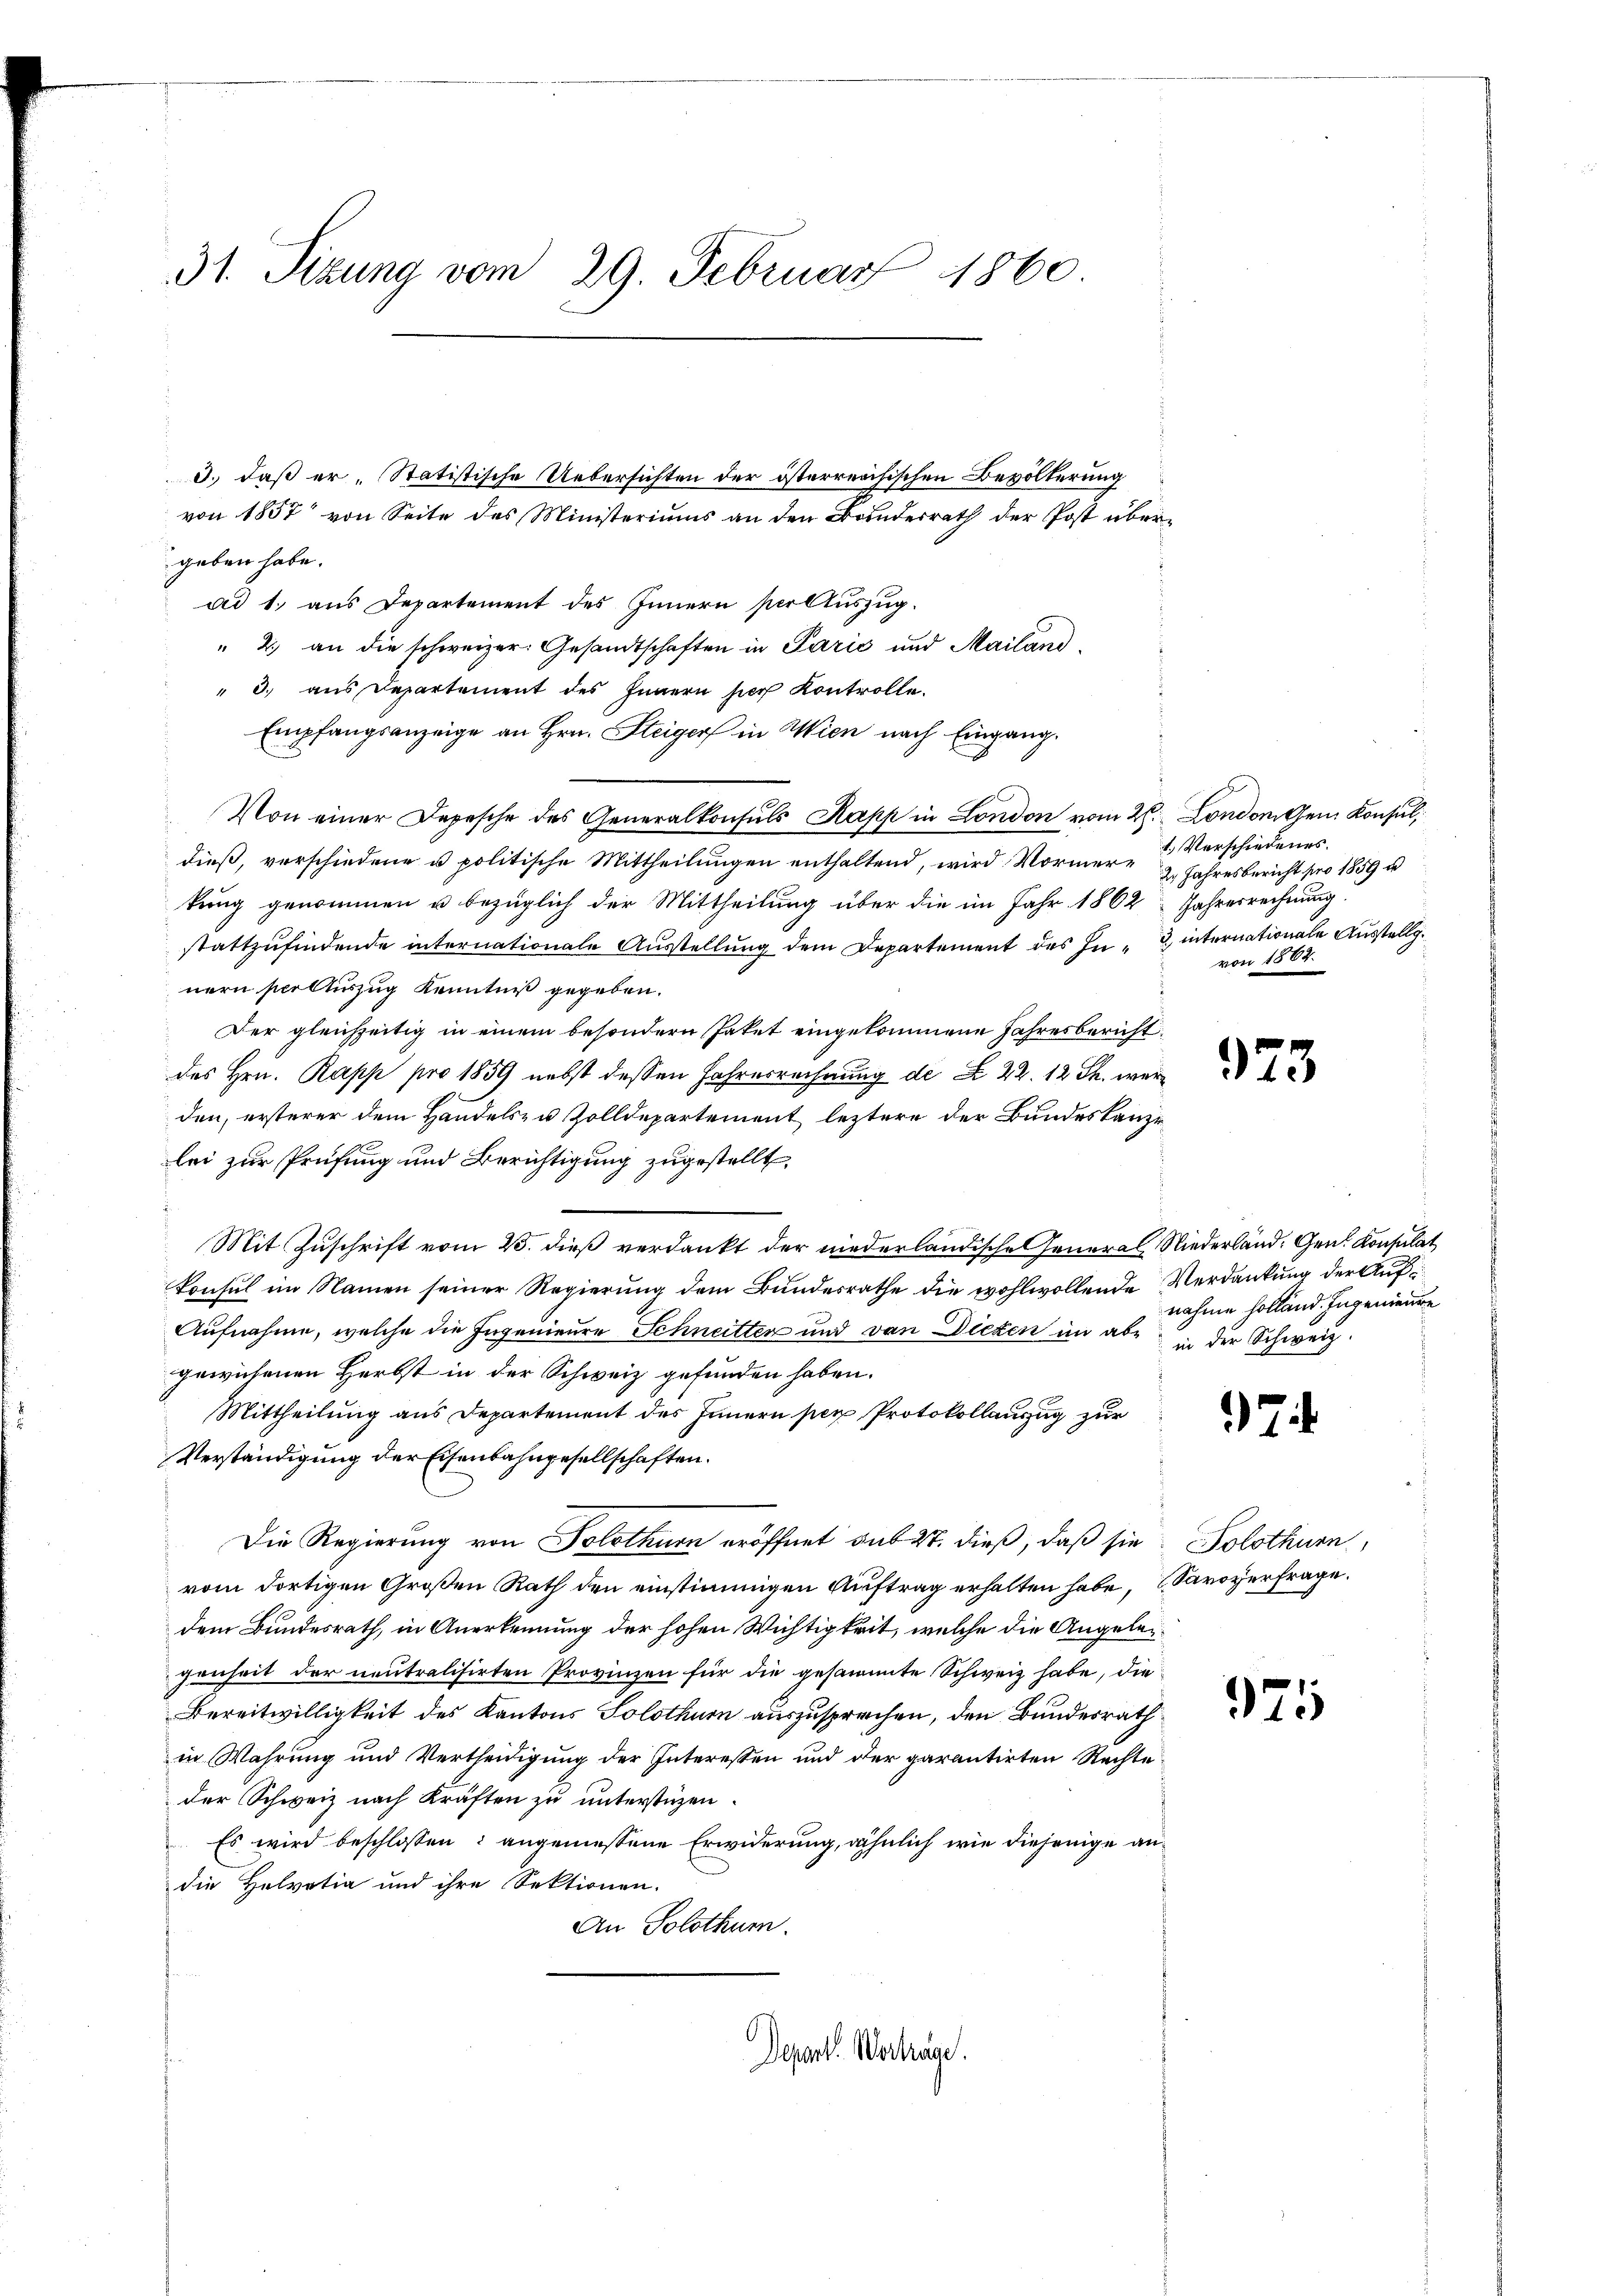
31. Sizung vom 29. Februar 1860

d.) daß er, Statistische Uebersichten der österreichischen Bevölkerung
von 1857 von Seite des Ministeriums an den Bundesrath der Post übergeben habe.
ad 1. aus Departement des Innern per Auszug.
" 2.) an die schweizer. Gesandtschaften in Parić und Mailand¬
" 3. aus Departement des Innern ser Kontrolle.
Empfangsanzeige an Hrn. Steiger in Wien nach Eingang
dieß, verschiedene u. politische Mittheilungen enthaltend, wird Vormer Verschiedenes
kung genommen u bezüglich der Mittheilung über die im Jahr 1862 Jahresrechnung.
stattzufindende internationale Ausstellung dem Departement des In- internationale Ausstellg.
nern per Auszug Kenntniß gegeben.
Der gleichzeitig in einem besondern Paket eingekommene Jahresbericht.
des Hrn. Rapp pro 1859 nebst dessen Jahresrechnung de Z. 22. 12 Th. werden, ersterer dem Handels- u Zolldepartement leztere der Bundeskanzlei zur Prüfung und Berichtigung zugestellt,
Mit Zuschrift vom 23. dieß verdankt der niederländische General Niederland. Gen. Konsulat
Konsul im Namen seiner Regierung dem Bundesrathe die wohlwollende Verdankung der Auf¬
Aufnahme, welche die Ingenieure Schneitten und von Dicken im abe in der Schweiz.
gewichenen Herbst in der Schweiz gefunden haben.
Mittheilung aus Departement des Innern per Protokollanzug zur
Verständigung der Eisenbahngesellschaften.
Die Regierung von Solothurn eröffnet sub 27. dieß, daß sie Solothurn,
vom dortigen Großen Rath den einstimmigen Auftrag erhalten habe, Savoyerfrage.
dem Bundesrath, in Anerkennung der hohen Wichtigkeit, welche die Angeleggenheit der neutralisirten Provinzen für die gesammte Schweiz habe, die
Bereitwilligkeit des Kantons Solothurn auszusprechen, den Bundesrath
in Wahrung und Vertheidigung der Interessen und der garantirten Rechte
der Schweiz nach Kräften zu unterstüzen.
Es wird beschlossen: angemessene Erwiderung, ähnlich wie diejenige andie Helvetia und ihre Sektionen.
An Solothum.
Depart. Verhäge.

Von einer Depesche des Generalkonsuls Kapp in London vom 20. London Gen. Konsul,

2. Jahresbericht pro 1859 u
von 1864.

923

nahme holland. Ingenieure

7

975